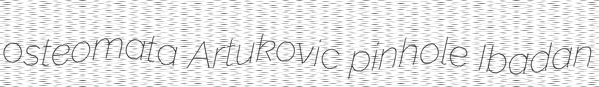
osteomata Artukovic pinhole Ibadan